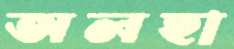
অলহা